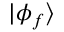
| \phi _ { f } \rangle